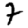
Digit: 7